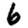
Digit: 6